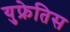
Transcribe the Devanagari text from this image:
युफ्रेतिस